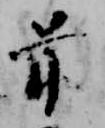
前